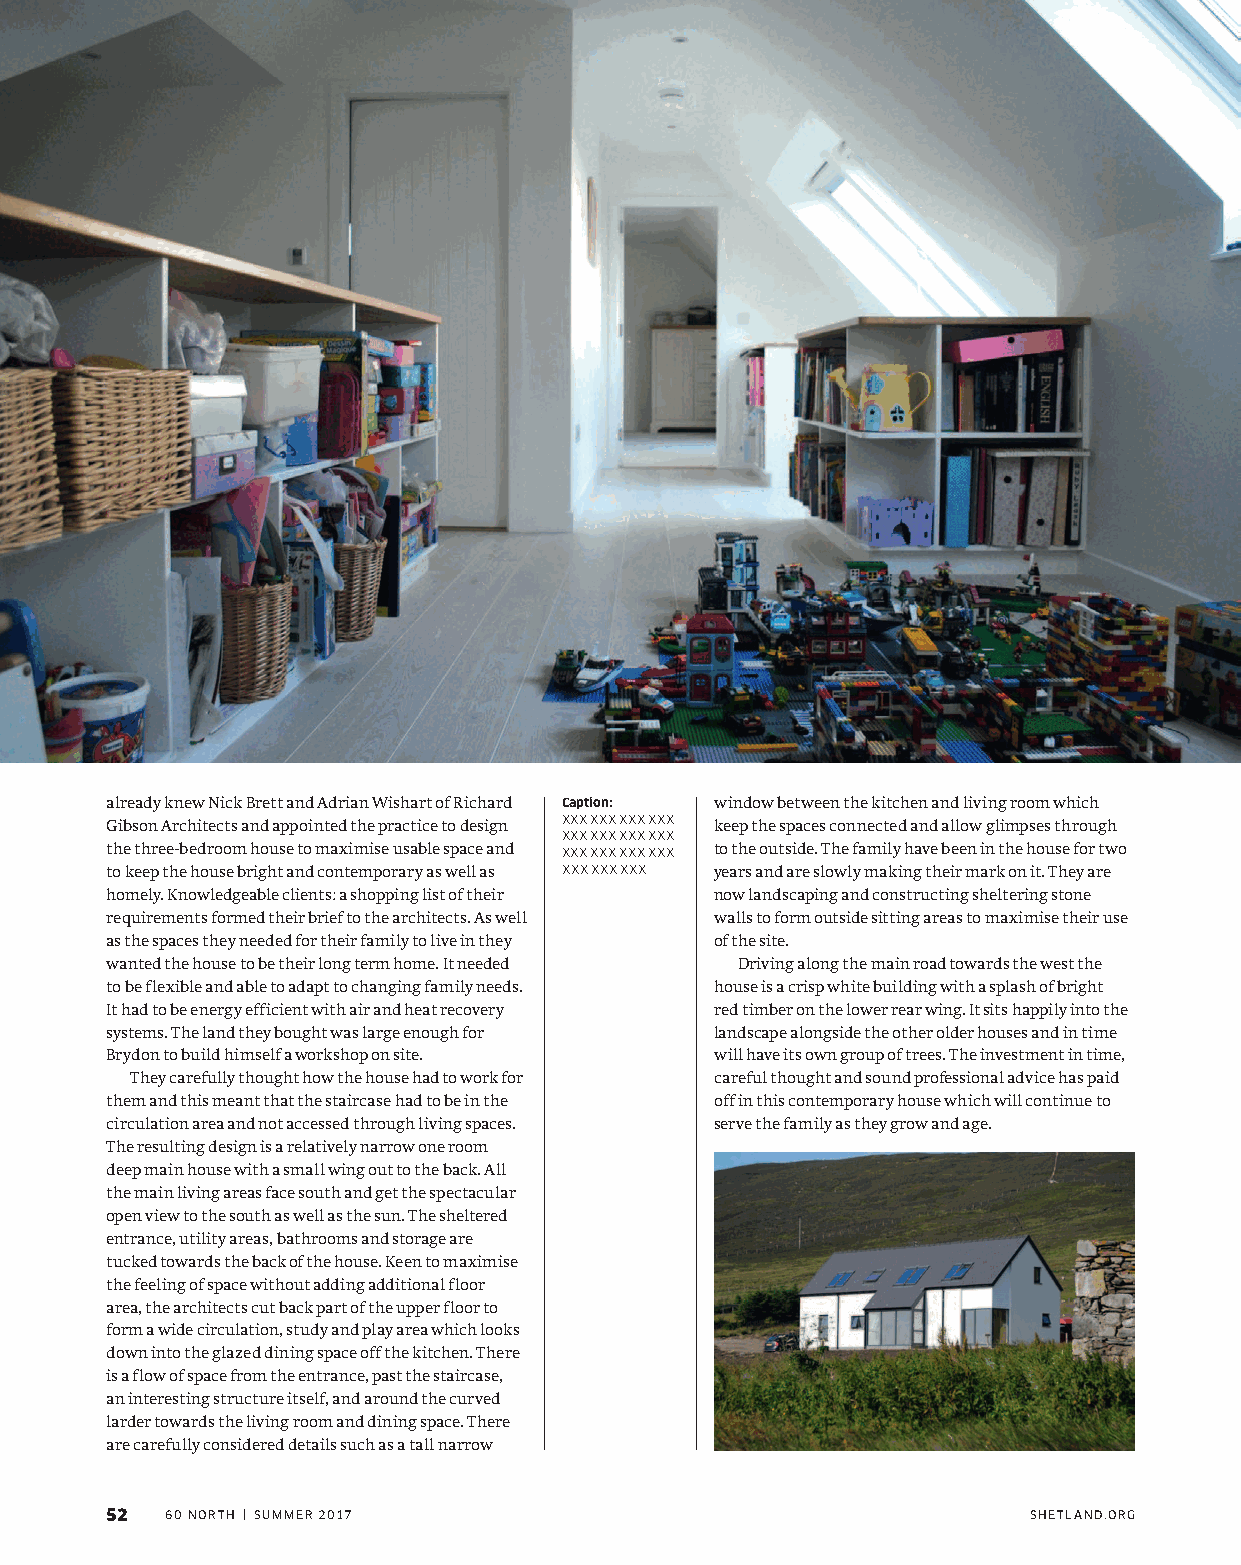
already knew Nick Brett and Adrian Wishart of Richard Caption: window between the kitchen and living room which
 Gibson Architects and appointed the practice to design XXX XXX XXX XXX keep the spaces connected and allow glimpses through
 XXX XXX XXX XXX
 the three-bedroom house to maximise usable space and XXX XXX XXX XXX to the outside. The family have been in the house for two
 to keep the house bright and contemporary as well as XXX XXX XXX years and are slowly making their mark on it. They are
 homely. Knowledgeable clients: a shopping list of their now landscaping and constructing sheltering stone
 requirements formed their brief to the architects. As well walls to form outside sitting areas to maximise their use
 as the spaces they needed for their family to live in they of the site.
 wanted the house to be their long term home. It needed Driving along the main road towards the west the
 to be flexible and able to adapt to changing family needs. house is a crisp white building with a splash of bright
 It had to be energy efficient with air and heat recovery red timber on the lower rear wing. It sits happily into the
 systems. The land they bought was large enough for landscape alongside the other older houses and in time
 Brydon to build himself a workshop on site. will have its own group of trees. The investment in time,
 They carefully thought how the house had to work for careful thought and sound professional advice has paid
 them and this meant that the staircase had to be in the off in this contemporary house which will continue to
 circulation area and not accessed through living spaces. serve the family as they grow and age.
 The resulting design is a relatively narrow one room
 deep main house with a small wing out to the back. All
 the main living areas face south and get the spectacular
 open view to the south as well as the sun. The sheltered
 entrance, utility areas, bathrooms and storage are
 tucked towards the back of the house. Keen to maximise
 the feeling of space without adding additional floor
 area, the architects cut back part of the upper floor to
 form a wide circulation, study and play area which looks
 down into the glazed dining space off the kitchen. There
 is a flow of space from the entrance, past the staircase,
 an interesting structure itself, and around the curved
 larder towards the living room and dining space. There
 are carefully considered details such as a tall narrow
 52  60 NORTH | SUMMER 2017                                   SHETLAND.ORG